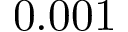
0 . 0 0 1